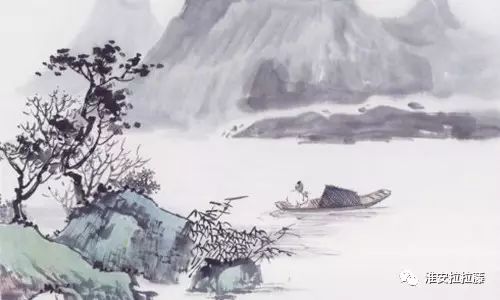
独夜忆秦关，听钟未眠客。